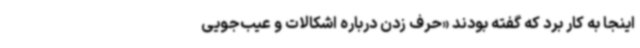
اینجا به کار برد که گفته بودند «حرف زدن درباره اشکالات و عیب‌جویی